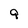
Character: 9